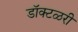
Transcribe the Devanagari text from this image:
डॉक्टळरी